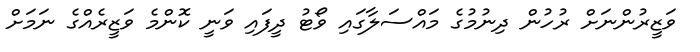
ވަޒީރުންނަށް ރުހުން ދިނުމުގެ މައްސަލާގައި ވޯޓު ދީފައި ވަނީ ކޮންމެ ވަޒީރެއްގެ ނަމަށް